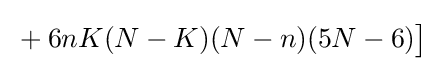
{}+6nK(N-K)(N-n)(5N-6){\big ]}